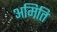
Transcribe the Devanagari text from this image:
अमिति